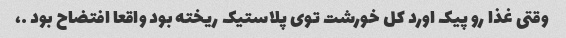
وقتی غذا رو پیک اورد کل خورشت توی پلاستیک ریخته بود واقعا افتضاح بود …،